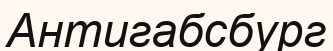
Антигабсбург